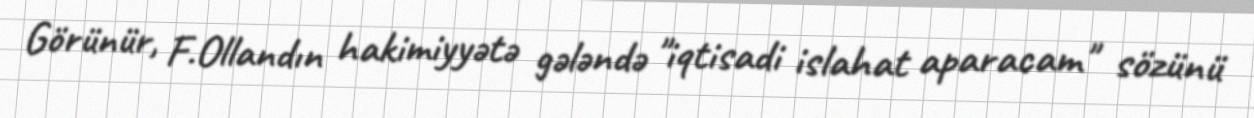
Görünür, F.Ollandın hakimiyyətə gələndə "iqtisadi islahat aparacam" sözünü